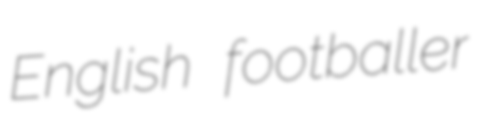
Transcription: English footballer